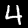
Digit: 4